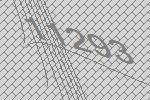
11293